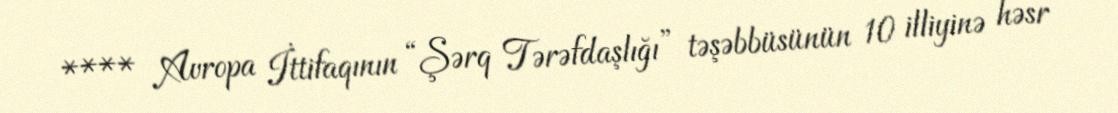
**** Avropa İttifaqının “Şərq Tərəfdaşlığı” təşəbbüsünün 10 illiyinə həsr